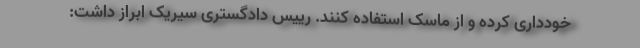
خودداری کرده و از ماسک استفاده کنند. رییس دادگستری سیریک ابراز داشت: